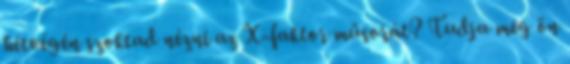
hétvégén szoktad nézni az X-faktor műsorát? Tudja meg ön